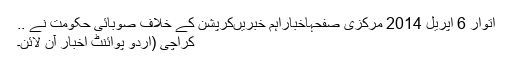
اتوار 6 اپریل 2014 مرکزی صفحہاخباراہم خبریںکرپشن کے خلاف صوبائی حکومت نے ..
کراچی (اُردو پوائنٹ اخبار آن لائن۔